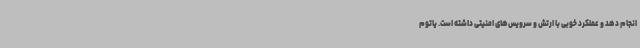
انجام دهد و عملکرد خوبی با ارتش و سرویس‌های امنیتی داشته است. یاتوم